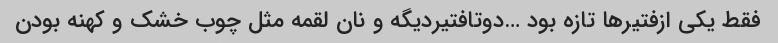
فقط یکی ازفتیرها تازه بود …دوتافتیردیگه و نان لقمه مثل چوب خشک و کهنه بودن